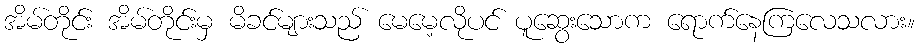
အိမ်တိုင်း အိမ်တိုင်းမှ မိခင်များသည် မေမေ့လိုပင် ပူဆွေးသောက ရောက်နေကြလေသလား။